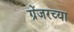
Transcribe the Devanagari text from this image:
ग्रेंजरच्या